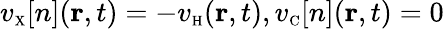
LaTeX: v_{\scriptscriptstyle\mathrm{X}}[n]({\mathbf r},t)=-v_{\scriptscriptstyle\mathrm{H}}({\mathbf r},t),v_{\scriptscriptstyle\mathrm{C}}[n]({\mathbf r},t)=0